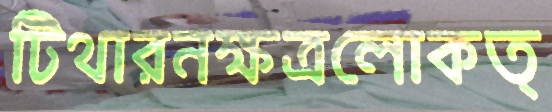
টিথারনক্ষত্রলোকত্